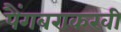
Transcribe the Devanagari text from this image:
पैंगबराकरवी